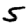
Digit: 5